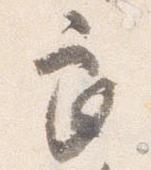
良